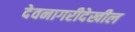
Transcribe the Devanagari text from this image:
देवनागरीदेखील